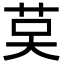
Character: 𦮥